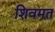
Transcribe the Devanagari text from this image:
शिवमत